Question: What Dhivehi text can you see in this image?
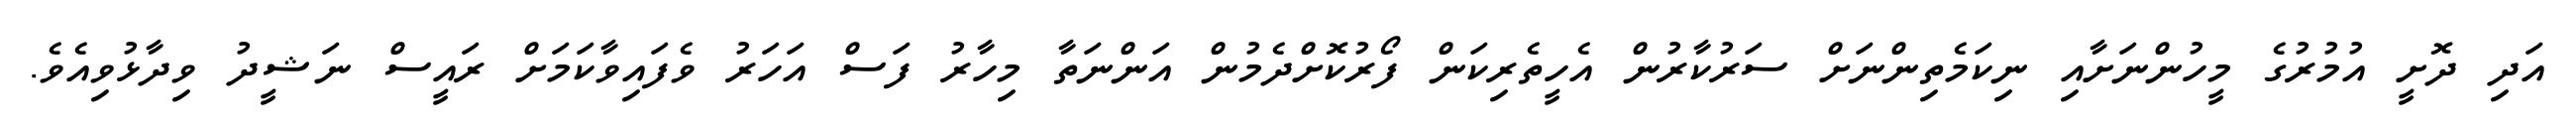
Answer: އަދި ދޮށީ އުމުރުގެ މީހުންނަށާއި ނިކަމެތިންނަށް ސަރުކާރުން އެހީތެރިކަން ފޯރުކޮށްދެމުން އަންނަތާ މިހާރު ފަސް އަހަރު ވެފައިވާކަމަށް ރައީސް ނަޝީދު ވިދާޅުވިއެވެ.